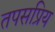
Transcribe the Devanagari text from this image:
तपसप्रिय